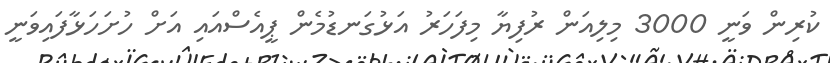
ކުރިން ވަނީ 3000 މިލިއަން ރުފިޔާ މިފަހަރު އަޅުގަނޑުމެން ޕީއެސްއައި އަށް ހުށަހަޅާފައިވަނީ